Report on the bubonic plague in Bombay, 1896-1897
Year: 1896
Disease focus: Plague
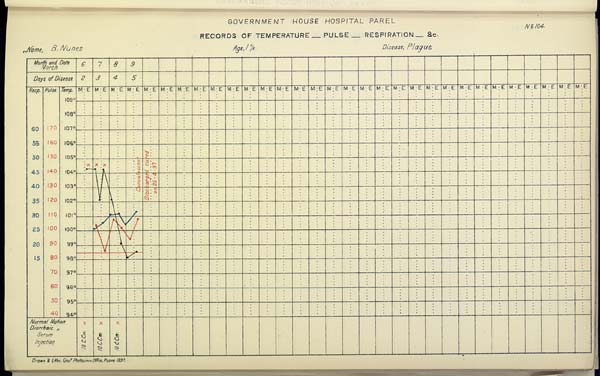
GOVERNMENT
HOUSE
HOSPITAL
PAREL
No. 104
RECORDS OF TEMPERATURE __ PULSE __ RESPIRATION __ &c.
Name,
B.
Nunes
Age,
1½
Disease,
Plague
Drawn & Litho: Govt. Photozinco: Office, Poona 1897.